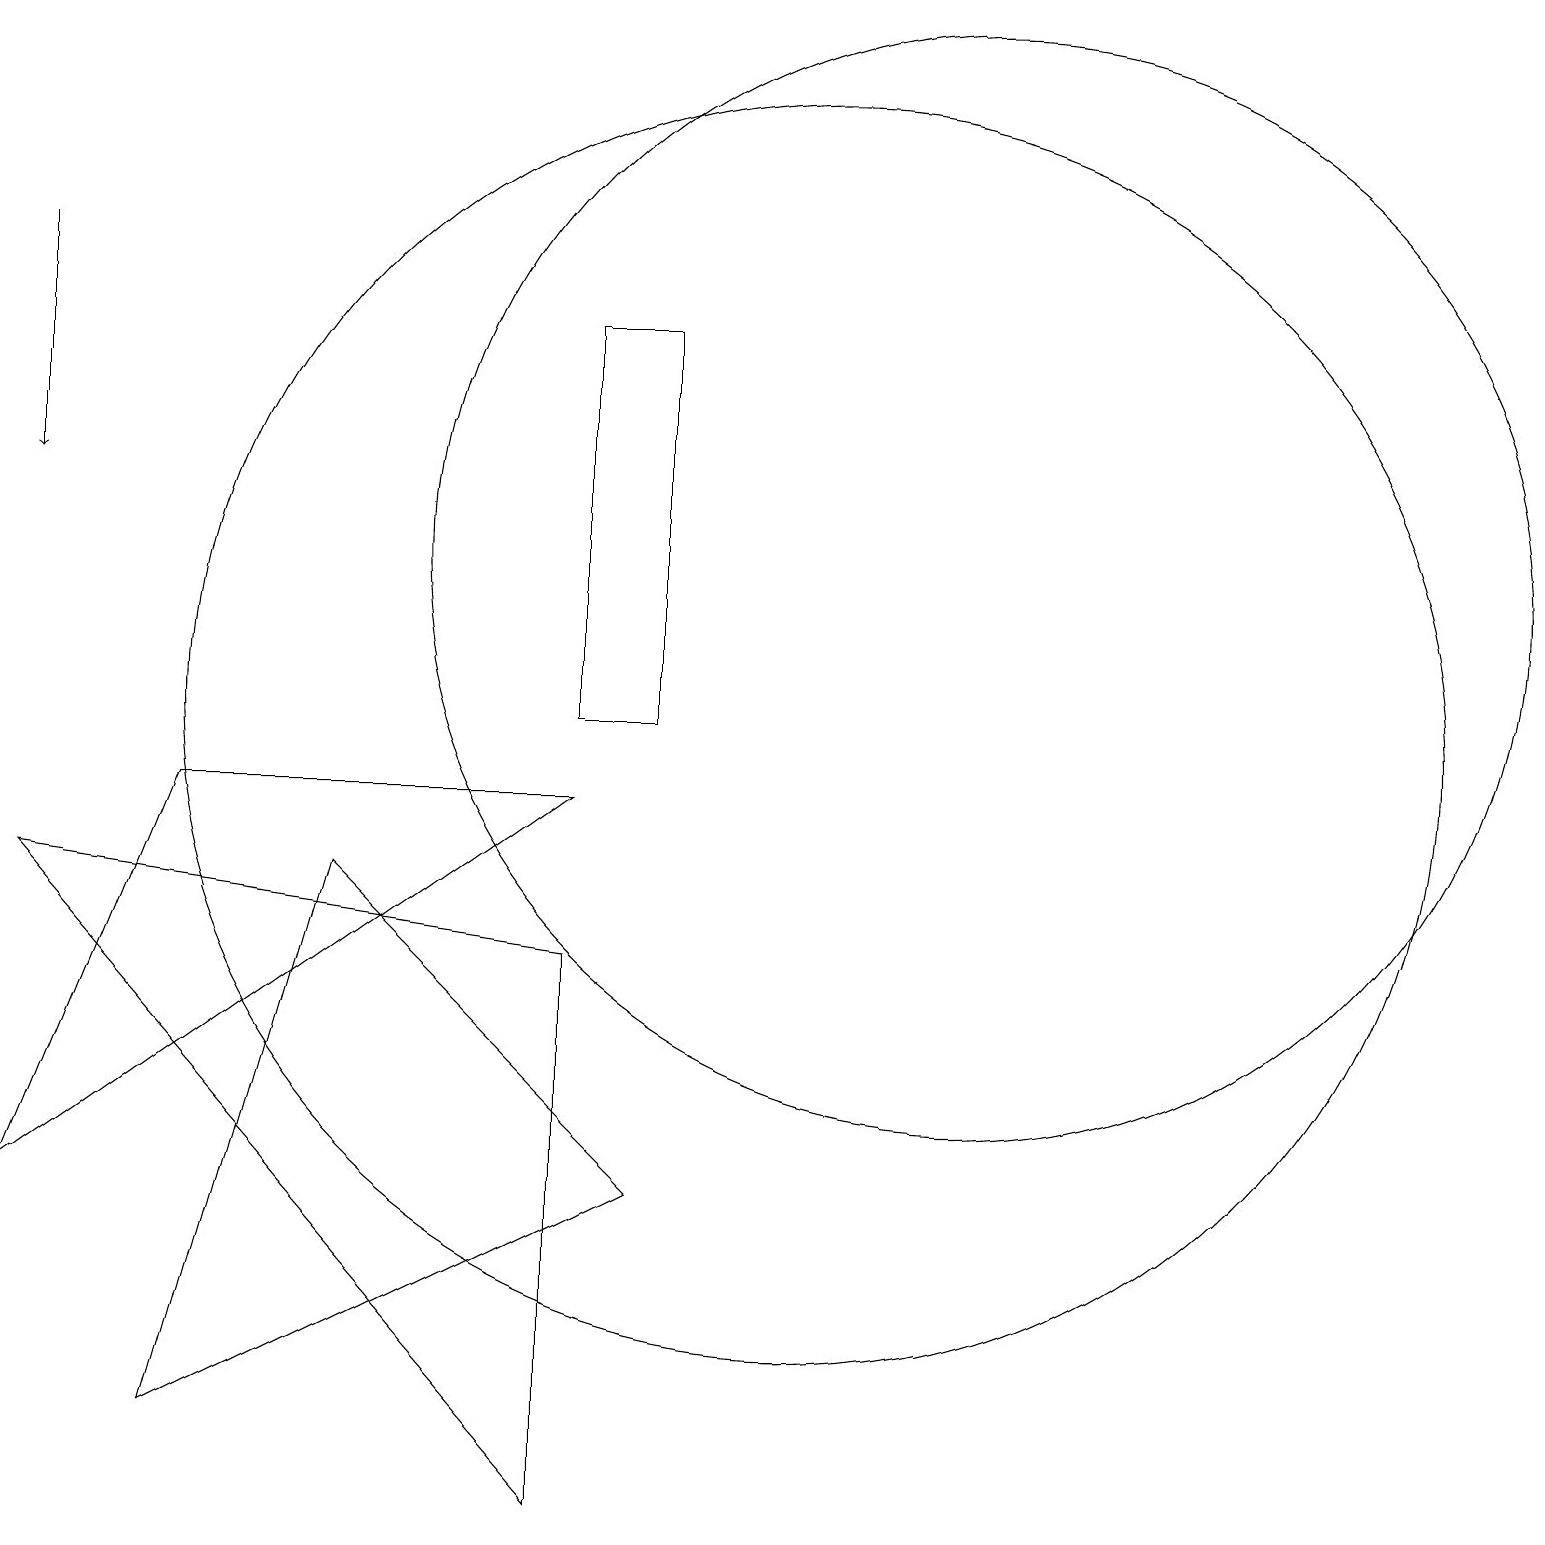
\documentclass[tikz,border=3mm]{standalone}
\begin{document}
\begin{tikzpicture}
\draw (12,12) circle (7);
\draw (10,10) circle (8);
\draw[->] (0,16) -- (0,13);
\draw (2,1) -- (4,8) -- (8,4) -- cycle;
\draw (8,15) rectangle (7,10);
\draw (0,8) -- (7,0) -- (7,7) -- cycle;
\draw (0,4) -- (2,9) -- (7,9) -- cycle;
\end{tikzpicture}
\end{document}